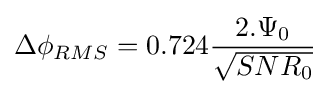
\Delta \phi _{RMS}=0.724{\frac {2.\Psi _{0}}{\sqrt {SNR_{0}}}}